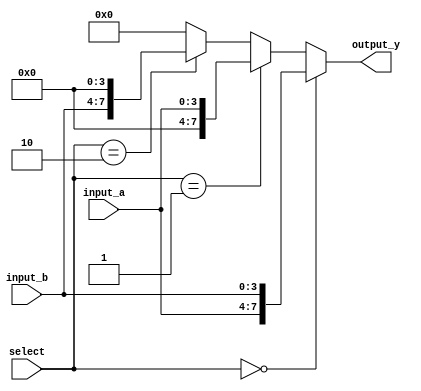
module vector_continuous_assignment(
    input wire [3:0] input_a,     // 4-bit input A
    input wire [3:0] input_b,     // 4-bit input B
    input wire [1:0] select,       // 2-bit selector for output
    output wire [7:0] output_y     // 8-bit output Y
);

// Declare a vector signal of width 8
wire [7:0] vector_signal;

// Continuous assignment using a combination of input signals
assign vector_signal = {input_a, input_b}; // Concatenation of input_a and input_b

// Assign output_y based on the select signal
assign output_y = (select == 2'b00) ? vector_signal :
                  (select == 2'b01) ? {4'b0000, input_a} : // Upper 4 bits zero, lower 4 bits input_a
                  (select == 2'b10) ? {input_b, 4'b0000} : // Upper 4 bits input_b, lower 4 bits zero
                  8'b00000000; // Default case

endmodule